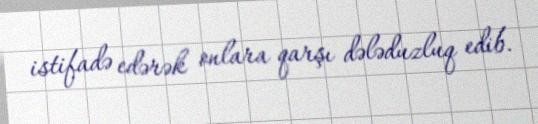
istifadə edərək onlara qarşı dələduzluq edib.